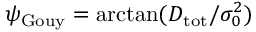
\psi _ { \mathrm { G o u y } } = \arctan ( D _ { \mathrm { t o t } } / \sigma _ { 0 } ^ { 2 } )